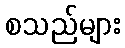
စသည်များ